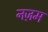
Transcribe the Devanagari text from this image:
नज़म